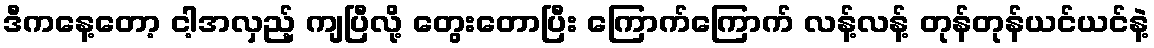
ဒီကနေ့တော့ ငါ့အလှည့် ကျပြီလို့ တွေးတောပြီး ကြောက်ကြောက် လန့်လန့် တုန်တုန်ယင်ယင်နဲ့